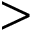
>